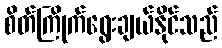
စိတ်ကြိုက်ရွေးချယ်နိုင်သည်